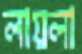
লায়লা